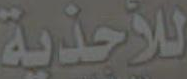
للأحذية